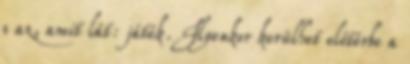
s az, amit lát: játék. Ilyenkor kerülhet előtérbe a